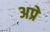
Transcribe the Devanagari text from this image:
अप्रे